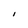
Character: I